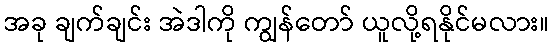
အခု ချက်ချင်း အဲဒါကို ကျွန်တော် ယူလို့ရနိုင်မလား။